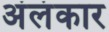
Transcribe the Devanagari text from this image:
अंलंकार